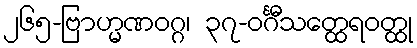
၂၆၅-ဗြာဟ္မဏဝဂ္ဂ၊ ၃၇-ဝင်္ဂီသတ္ထေရဝတ္ထု